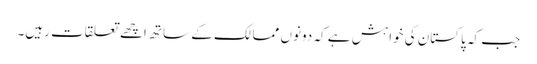
جب کہ پاکستان کی خواہش ہے کہ دونوں ممالک کے ساتھ اچھے تعلقات رہیں۔